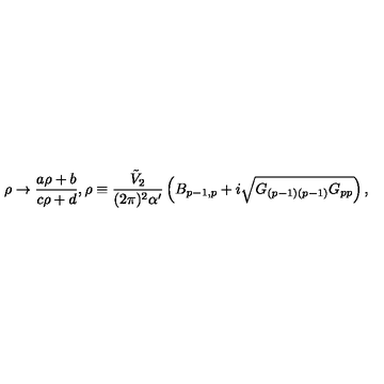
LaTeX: \rho \to \frac { a \rho + b } { c \rho + d } , \rho \equiv \frac { { \tilde { V } } _ { 2 } } { ( 2 \pi ) ^ { 2 } \alpha ^ { \prime } } \left( B _ { p - 1 , p } + i \sqrt { G _ { ( p - 1 ) ( p - 1 ) } G _ { p p } } \right) ,